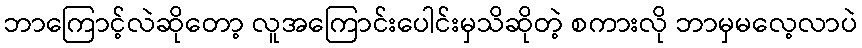
ဘာကြောင့်လဲဆိုတော့ လူအကြောင်းပေါင်းမှသိဆိုတဲ့ စကားလို ဘာမှမလေ့လာပဲ